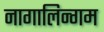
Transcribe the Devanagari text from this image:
नागालिन्गम